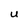
Character: U